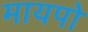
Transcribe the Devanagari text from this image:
मायपो